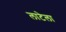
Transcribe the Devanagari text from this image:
लाटेला